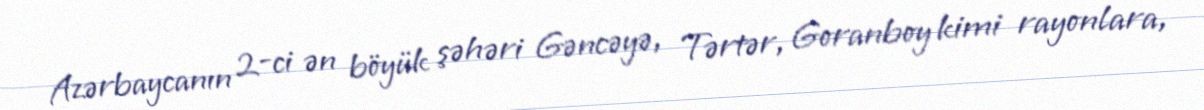
Azərbaycanın 2-ci ən böyük şəhəri Gəncəyə, Tərtər, Goranboy kimi rayonlara,